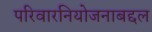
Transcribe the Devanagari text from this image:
परिवारनियोजनाबद्दल